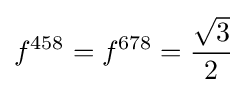
f^{458}=f^{678}={\frac {\sqrt {3}}{2}}